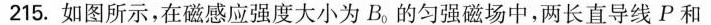
215.如图所示，在磁感应强度大小为B_{0}的匀强磁场中，两长直导线P和